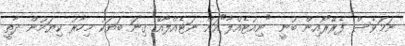
ނަމަވެސް ފެރޭރޯއިން ބުނީ "ނިއުޓެއްލާ"އަށް ނަޓެއްލާއޭ ގިނަ ބަޔަކު މިހާރު ކިޔަމުން ދާތީ